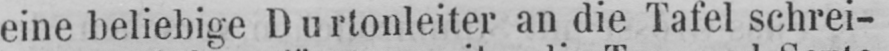
eine beliebige Durtonleiter an die Tafel schrei-